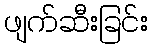
ဖျက်ဆီးခြင်း